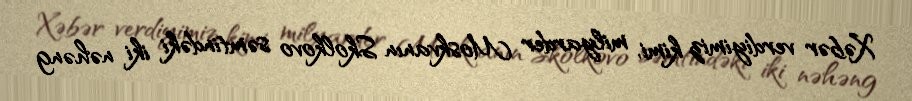
Xəbər verdiyimiz kimi, milyarder Moskvanın Skolkovo səmtindəki iki nəhəng